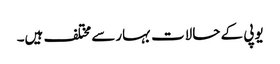
یوپی کے حالات بہارسے مختلف ہیں۔